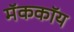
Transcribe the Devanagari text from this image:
मॅककॉय